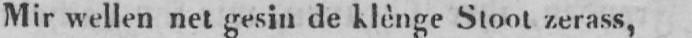
Mir wellen net gesin de klènge Stoot zerass,